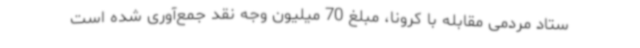
ستاد مردمی مقابله با کرونا، مبلغ 70 میلیون وجه نقد جمع‌آوری شده است